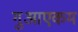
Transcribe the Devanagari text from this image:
गुआएकम